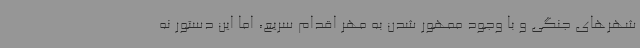
شهرهای جنگی و با وجود ممهور شدن به مهر اقدام سریع، اما این دستور نه